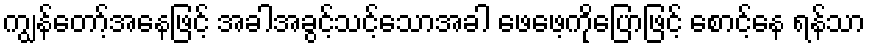
ကျွန်တော့်အနေဖြင့် အခါအခွင့်သင့်သောအခါ ဖေဖေ့ကိုပြောဖြင့် စောင့်နေ ရန်သာ